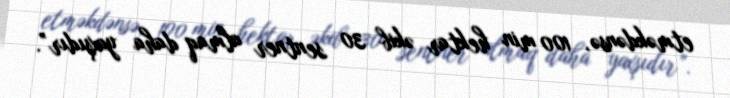
etməkdənsə, 100 min hektar əkib 30 sentner almaq daha yaxşıdır”.